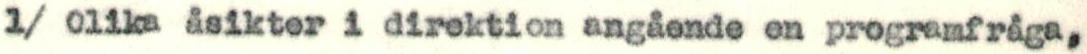
1/ Olika åsikter i direktion angående en programfråga,